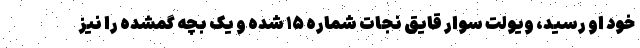
خود او رسید، ویولت سوار قایق نجات شماره ۱۵ شده و یک بچه گمشده را نیز